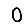
Digit: 0